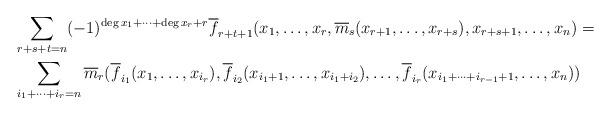
LaTeX: \begin{align*}\begin{aligned}\ &\sum_{r+s+t=n}(-1)^{\deg x_1+\dots+\deg x_r+r}\overline{f}_{r+t+1}(x_1,\dots, x_r,\overline{m}_s(x_{r+1},\dots,x_{r+s}),x_{r+s+1},\dots,x_n)=\\&\sum_{i_1+\dots+i_r=n}\overline{m}_r(\overline{f}_{i_1}(x_1,\dots,x_{i_r}),\overline{f}_{i_2}(x_{i_1+1},\dots,x_{i_1+i_2}),\dots,\overline{f}_{i_r}(x_{i_1+\dots+i_{r-1}+1},\dots,x_n))\end{aligned}\end{align*}